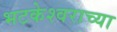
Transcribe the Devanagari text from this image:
भटकेश्वराच्या